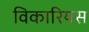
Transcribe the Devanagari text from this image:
विकारियस